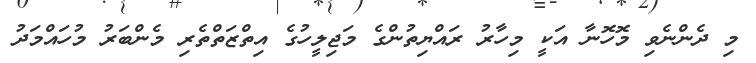
މި ދެންނެވި މޮހޮނާ އަކީ މިހާރު ރައްޔިތުންގެ މަޖިލީހުގެ އިތްޒަތްތެރި މެންބަރު މުހައްމަދު